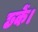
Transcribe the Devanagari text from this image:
छकें।